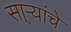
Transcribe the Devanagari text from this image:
सा्र्‍यांचे